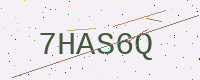
Text: 7HAS6Q